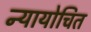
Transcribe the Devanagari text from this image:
न्‍यायोचित